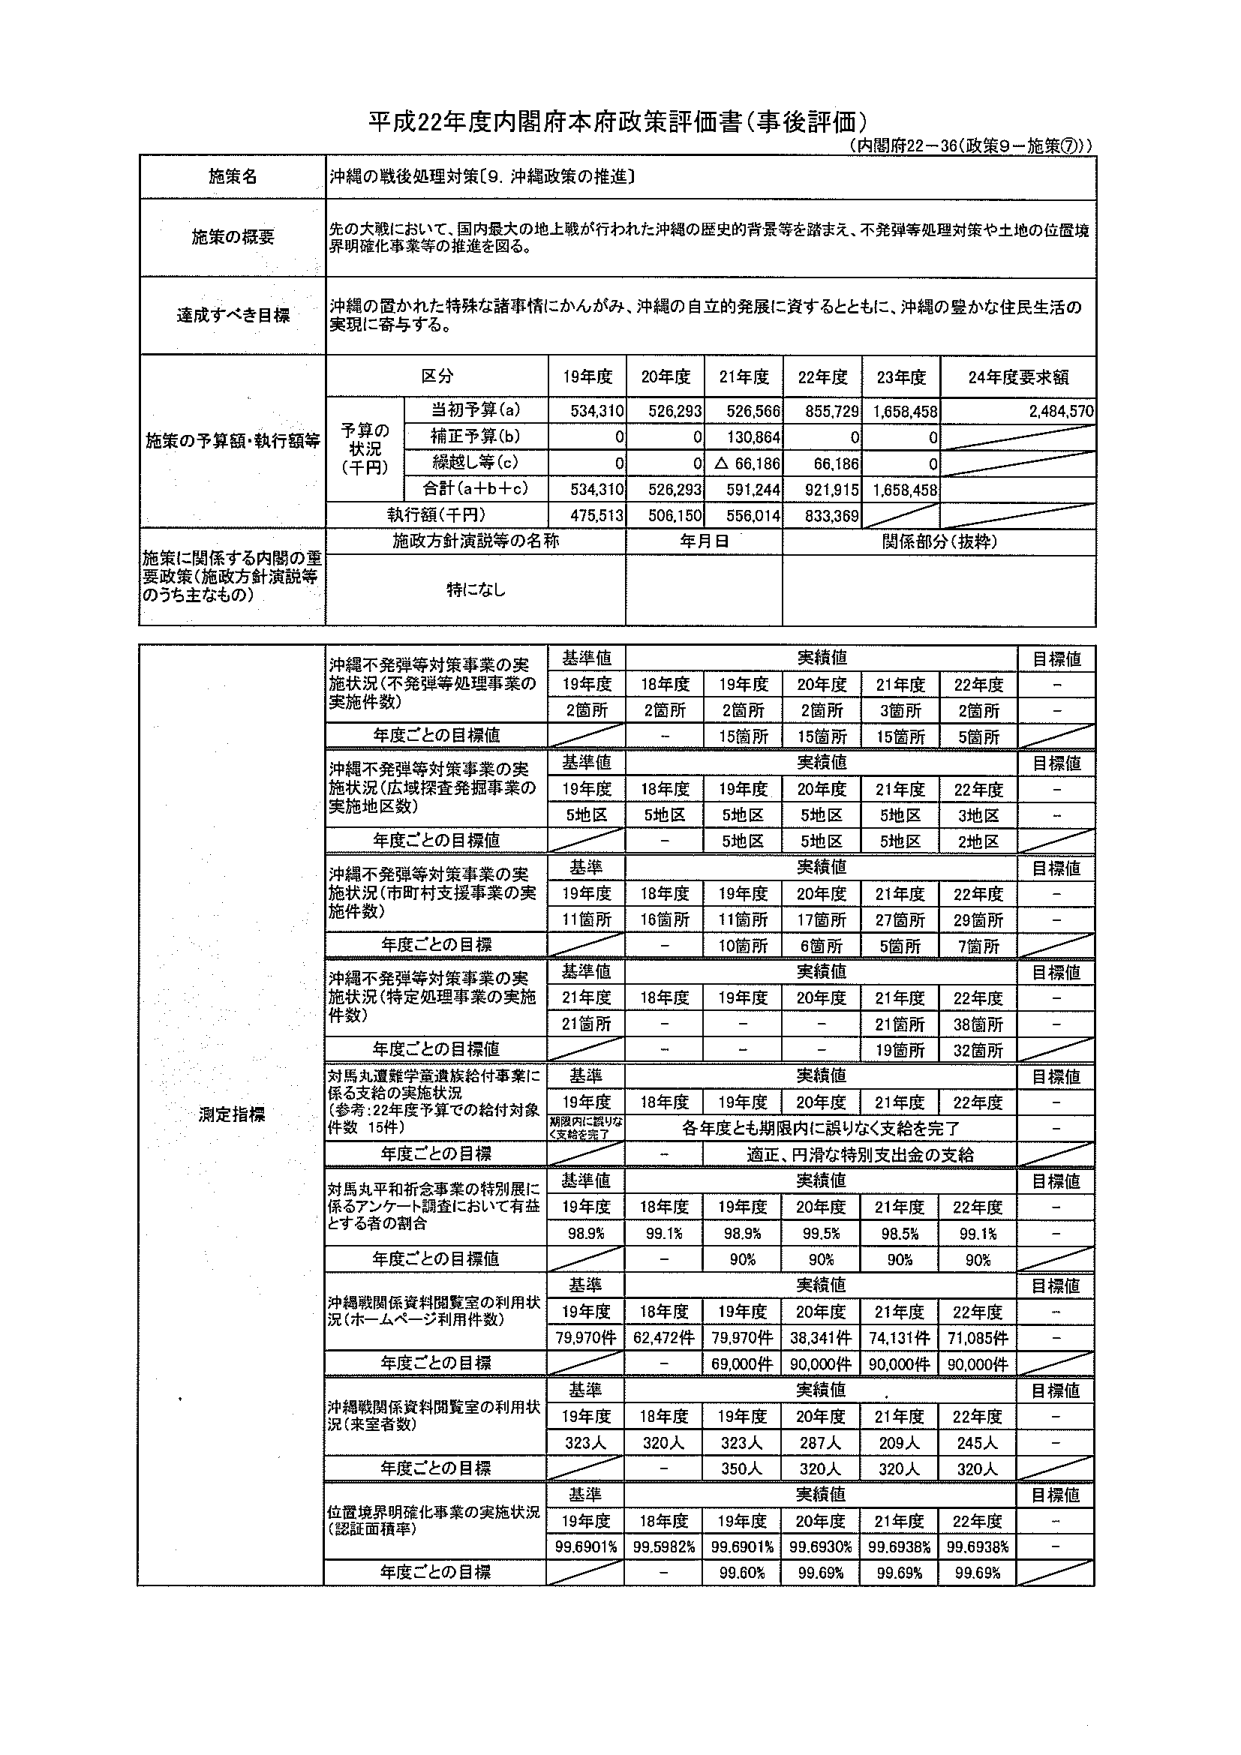
平成22年度内閣府本府政策評価書（事後評価）
（内閣府22－36（政策9－施策⑦））

施策名
沖縄の戦後処理対策［9．沖縄政策の推進］

施策の概要
先の大戦において、国内最大の地上戦が行われた沖縄の歴史的背景等を踏まえ、不発弾等処理対策や土地の位置境界明確化事業等の推進を図る。

達成すべき目標
沖縄の置かれた特殊な諸事情にかんがみ、沖縄の自立的発展に資するとともに、沖縄の豊かな住民生活の実現に寄与する。

施策の予算額・執行額等
区分
19年度
20年度
21年度
22年度
23年度
24年度要求額

予算の状況（千円）
当初予算（a）
534,310
526,293
526,566
855,729
1,658,458
2,484,570

補正予算（b）
0
0
130,864
0
0

繰越し等（c）
0
0
△ 66,186
66,186
0

合計（a＋b＋c）
534,310
526,293
591,244
921,915
1,658,458

執行額（千円）
478,513
506,150
556,014
833,369

施策方針演説等の名称
年月日
関係部分（抜粋）

施策に関係する内閣の重要政策（施政方針演説等のうち主なもの）
特になし

測定指標
沖縄不発弾等対策事業の実施状況（不発弾等処理事業の実施件数）
基準値
実績値
目標値
19年度
18年度
19年度
20年度
21年度
22年度
2箇所
2箇所
2箇所
2箇所
3箇所
2箇所
－

年度ごとの目標値
－
15箇所
15箇所
15箇所
5箇所

沖縄不発弾等対策事業の実施状況（広域探査発掘事業の実施地区数）
基準値
実績値
目標値
19年度
18年度
19年度
20年度
21年度
22年度
5地区
5地区
5地区
5地区
5地区
3地区
－

年度ごとの目標値
－
5地区
5地区
5地区
2地区

沖縄不発弾等対策事業の実施状況（市町村支援事業の実施件数）
基準
実績値
目標値
19年度
18年度
19年度
20年度
21年度
22年度
11箇所
16箇所
11箇所
17箇所
27箇所
29箇所
－

年度ごとの目標
－
10箇所
6箇所
5箇所
7箇所

沖縄不発弾等対策事業の実施状況（特定処理事業の実施件数）
基準値
実績値
目標値
21年度
18年度
19年度
20年度
21年度
22年度
21箇所
－
－
－
21箇所
38箇所
－

年度ごとの目標値
－
－
－
19箇所
32箇所

対馬丸遭難学童遺族給付事業に係る支給の実施状況（参考：22年度予算での給付対象件数 15件）
基準
実績値
目標値
19年度
18年度
19年度
20年度
21年度
22年度
期限内に誤りなく支給を完了
各年度とも期限内に誤りなく支給を完了
－

年度ごとの目標
－
適正、円滑な特別支出金の支給

対馬丸平和祈念事業の特別展に係るアンケート調査において有益とする者の割合
基準値
実績値
目標値
19年度
18年度
19年度
20年度
21年度
22年度
98.9%
99.1%
98.9%
99.5%
98.5%
99.1%
－

年度ごとの目標値
－
90%
90%
90%
90%

沖縄戦関係資料閲覧室の利用状況（ホームページ利用件数）
基準
実績値
目標値
19年度
18年度
19年度
20年度
21年度
22年度
79,970件
62,472件
79,970件
38,341件
74,131件
71,085件
－

年度ごとの目標
－
69,000件
90,000件
90,000件
90,000件

沖縄戦関係資料閲覧室の利用状況（来室者数）
基準
実績値
目標値
19年度
18年度
19年度
20年度
21年度
22年度
323人
320人
323人
287人
209人
245人
－

年度ごとの目標
－
350人
320人
320人
320人

位置境界明確化事業の実施状況（認証面積率）
基準
実績値
目標値
19年度
18年度
19年度
20年度
21年度
22年度
99.6901%
99.5982%
99.6901%
99.6930%
99.6938%
99.6938%
－

年度ごとの目標
－
99.60%
99.69%
99.69%
99.69%